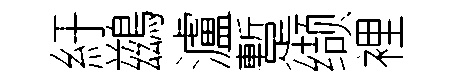
紆鷀瀘蹔缬裡